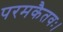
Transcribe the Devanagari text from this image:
परमकैतवः।